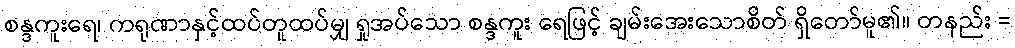
စန္ဒကူးရေ၊ ကရုဏာနှင့်ထပ်တူထပ်မျှ ရှုအပ်သော စန္ဒကူး ရေဖြင့် ချမ်းအေးသောစိတ် ရှိတော်မူ၏။ တနည်း =